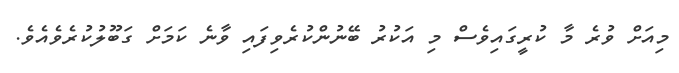
މިއަށް ވުރެ މާ ކުރީގައިވެސް މި އަކުރު ބޭނުންކުރެވިފައި ވާނެ ކަމަށް ގަބޫލުކުރެވެއެވެ.